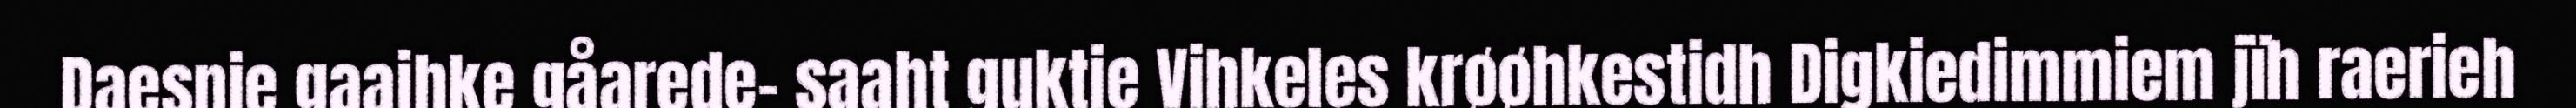
Daesnie gaajhke gåarede- saaht guktie Vihkeles krøøhkestidh Digkiedimmiem jïh raerieh